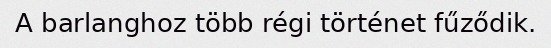
A barlanghoz több régi történet fűződik.